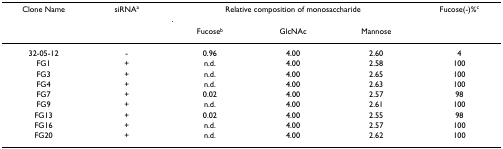
<table><thead><tr><td><b>Clone Name</b></td><td><b>siRNA<sup>a</sup></b></td><td colspan="3"><b>Relative composition of monosaccharide</b></td><td><b>Fucose(-)%<sup>c</sup></b></td></tr><tr><td></td><td></td><td><b>Fucose<sup>b</sup></b></td><td><b>GlcNAc</b></td><td><b>Mannose</b></td><td></td></tr></thead><tbody><tr><td>32-05-12</td><td>-</td><td>0.96</td><td>4.00</td><td>2.60</td><td>4</td></tr><tr><td>FG1</td><td>+</td><td>n.d.</td><td>4.00</td><td>2.58</td><td>100</td></tr><tr><td>FG3</td><td>+</td><td>n.d.</td><td>4.00</td><td>2.65</td><td>100</td></tr><tr><td>FG4</td><td>+</td><td>n.d.</td><td>4.00</td><td>2.63</td><td>100</td></tr><tr><td>FG7</td><td>+</td><td>0.02</td><td>4.00</td><td>2.57</td><td>98</td></tr><tr><td>FG9</td><td>+</td><td>n.d.</td><td>4.00</td><td>2.61</td><td>100</td></tr><tr><td>FG13</td><td>+</td><td>0.02</td><td>4.00</td><td>2.55</td><td>98</td></tr><tr><td>FG16</td><td>+</td><td>n.d.</td><td>4.00</td><td>2.57</td><td>100</td></tr><tr><td>FG20</td><td>+</td><td>n.d.</td><td>4.00</td><td>2.62</td><td>100</td></tr></tbody></table>